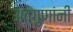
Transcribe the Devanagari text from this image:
अवगुणांनी